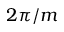
2 \pi / m